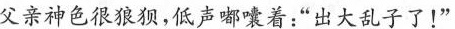
父亲神色很狼狈，低声嘟囔着：”出大乱子了！"